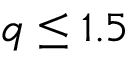
q \leq 1 . 5